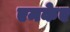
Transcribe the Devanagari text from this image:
एमकेए